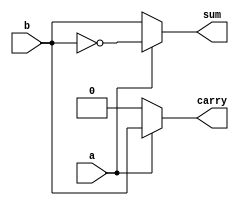
`timescale 1ns / 1ps
//////////////////////////////////////////////////////////////////////////////////
// Company: 
// Engineer: 
// 
// Design Name: 
// Module Name: half_adder_mux
// Project Name: 
// Target Devices: 
// Tool Versions: 
// Description: 
// 
// Dependencies: 
// 
// Revision:
// Revision 0.01 - File Created
// Additional Comments:
// 
//////////////////////////////////////////////////////////////////////////////////


module half_adder_mux(

input a,
input b,
output sum,
output carry
    );
    
 assign sum = a ? ~b: b;
 assign carry = a ? b : 0;   
endmodule